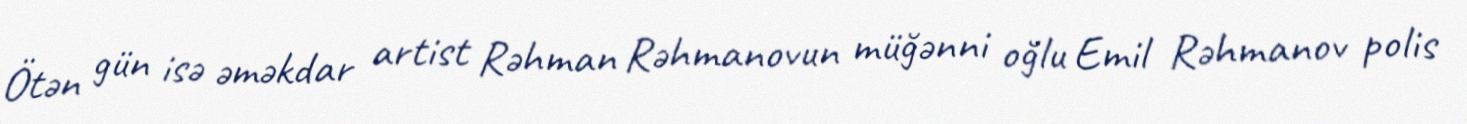
Ötən gün isə əməkdar artist Rəhman Rəhmanovun müğənni oğlu Emil Rəhmanov polis